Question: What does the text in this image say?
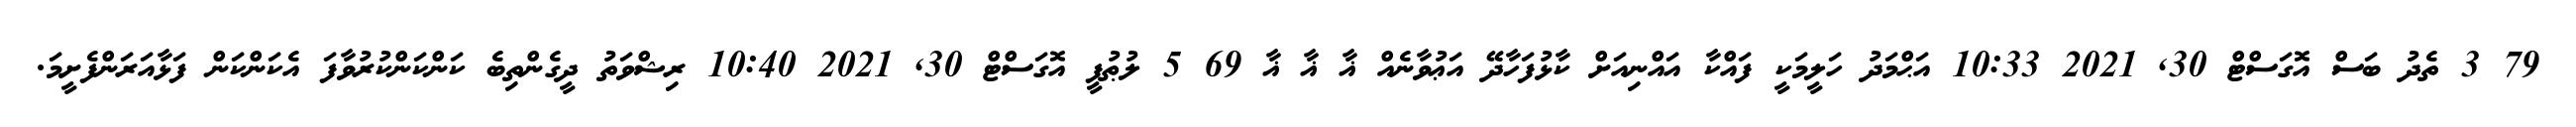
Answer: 79 3 ތެދު ބަސް އޮގަސްޓް 30, 2021 10:33 އަޙްމަދު ހަލީމަކީ ފައްކާ އައްނިއަށް ކާޅުފަހާދޭ އަޢުވާނެއް ޣާ ޣާ ޣާ 69 5 ލުޠުފީ އޮގަސްޓް 30, 2021 10:40 ރިޝްވަތު ދީގެންތިބެ ކަންކަންކުރުވާފަ އެކަންކަން ފަޅާއަރަންފެށީމަ.